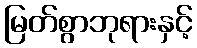
မြတ်စွာဘုရားနှင့်